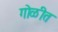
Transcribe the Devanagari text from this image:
गोळीत